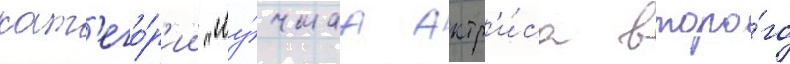
кат'его́р'ии "лу́чшаа актр'и́са второ́го